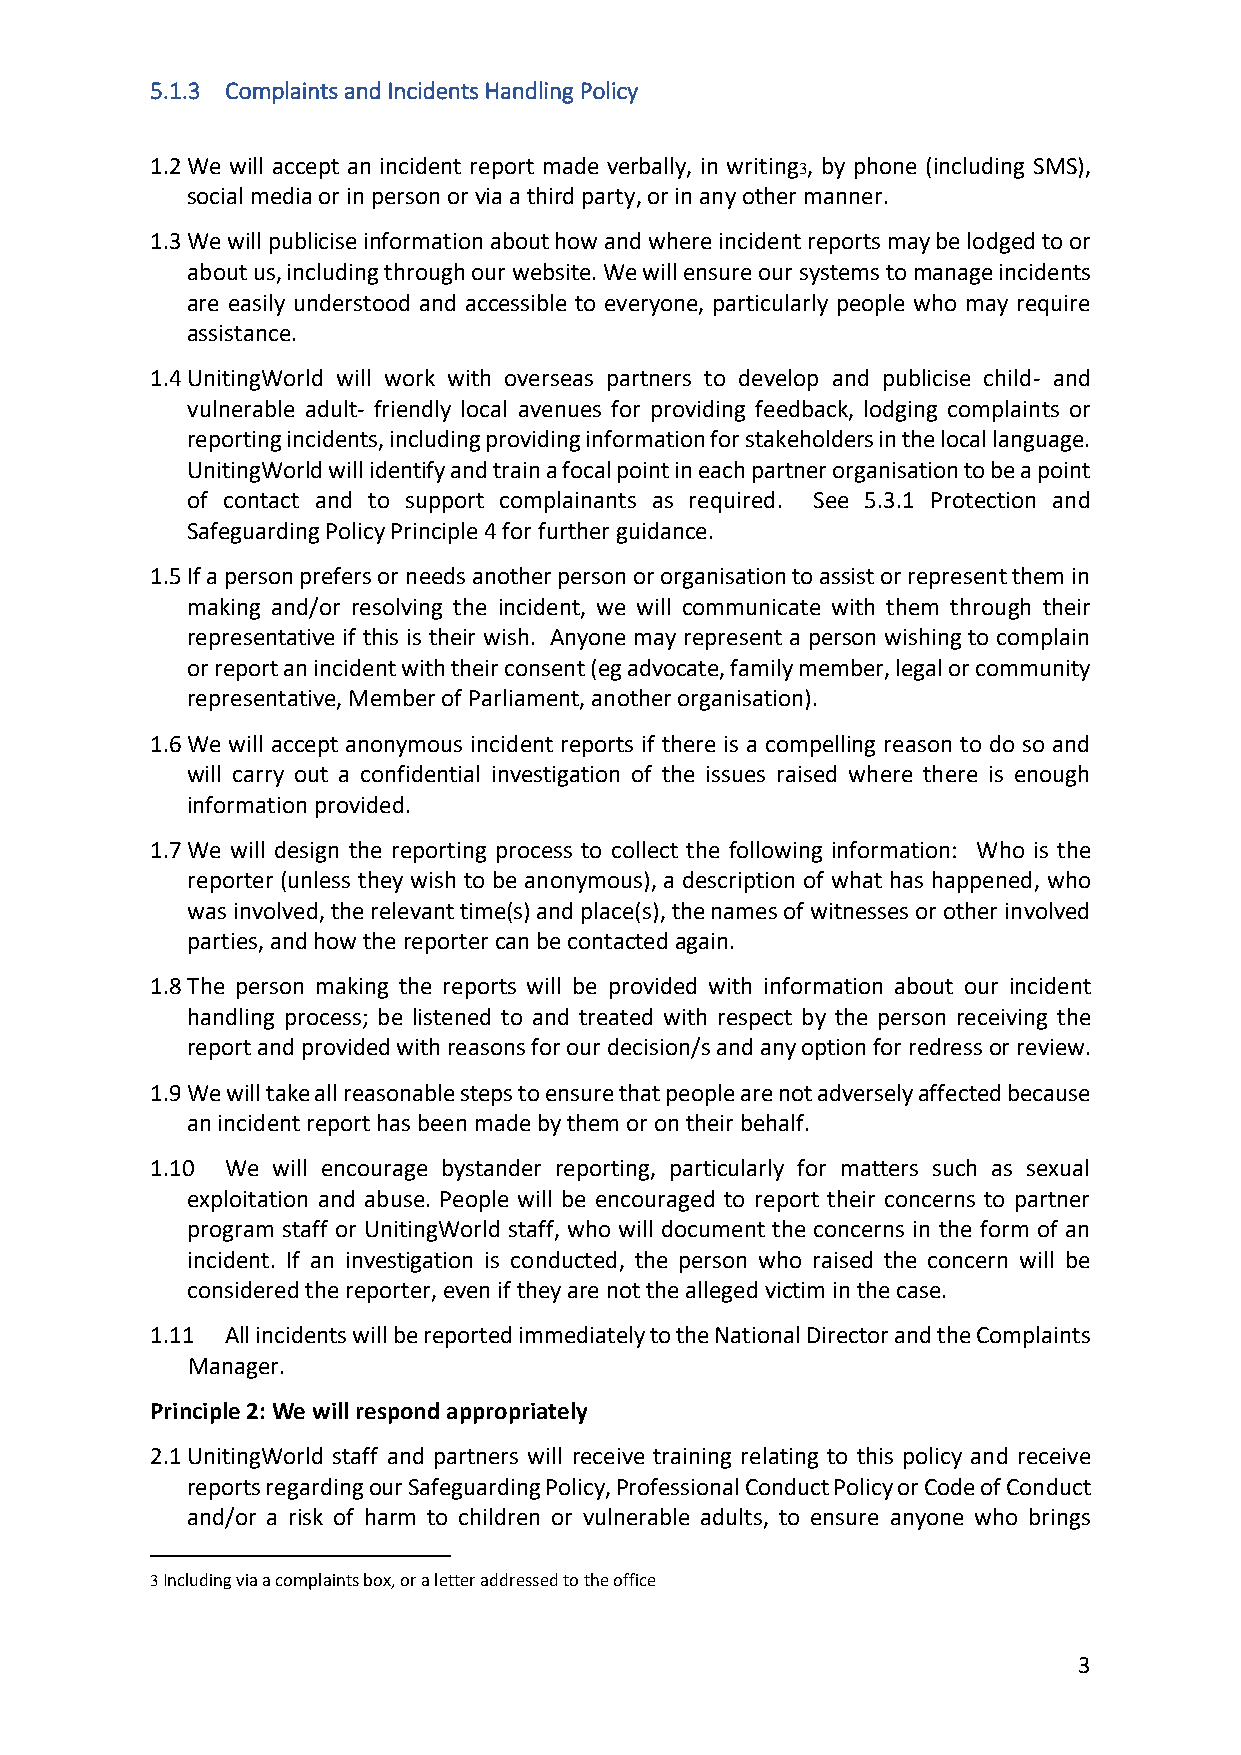
5.1.3 Complaints and Incidents Handling Policy
 1.2 We will accept an incident report made verbally, in writing3, by phone (including SMS),
 social media or in person or via a third party, or in any other manner.
 1.3 We will publicise information about how and where incident reports may be lodged to or
 about us, including through our website. We will ensure our systems to manage incidents
 are easily understood and accessible to everyone, particularly people who may require
 assistance.
 1.4 UnitingWorld will work with overseas partners to develop and publicise child- and
 vulnerable adult- friendly local avenues for providing feedback, lodging complaints or
 reporting incidents, including providing information for stakeholders in the local language.
 UnitingWorld will identify and train a focal point in each partner organisation to be a point
 of contact and to support complainants as required. See 5.3.1 Protection and
 Safeguarding Policy Principle 4 for further guidance.
 1.5 If a person prefers or needs another person or organisation to assist or represent them in
 making and/or resolving the incident, we will communicate with them through their
 representative if this is their wish. Anyone may represent a person wishing to complain
 or report an incident with their consent (eg advocate, family member, legal or community
 representative, Member of Parliament, another organisation).
 1.6 We will accept anonymous incident reports if there is a compelling reason to do so and
 will carry out a confidential investigation of the issues raised where there is enough
 information provided.
 1.7 We will design the reporting process to collect the following information: Who is the
 reporter (unless they wish to be anonymous), a description of what has happened, who
 was involved, the relevant time(s) and place(s), the names of witnesses or other involved
 parties, and how the reporter can be contacted again.
 1.8 The person making the reports will be provided with information about our incident
 handling process; be listened to and treated with respect by the person receiving the
 report and provided with reasons for our decision/s and any option for redress or review.
 1.9 We will take all reasonable steps to ensure that people are not adversely affected because
 an incident report has been made by them or on their behalf.
 1.10 We will encourage bystander reporting, particularly for matters such as sexual
 exploitation and abuse. People will be encouraged to report their concerns to partner
 program staff or UnitingWorld staff, who will document the concerns in the form of an
 incident. If an investigation is conducted, the person who raised the concern will be
 considered the reporter, even if they are not the alleged victim in the case.
 1.11 All incidents will be reported immediately to the National Director and the Complaints
 Manager.
 Principle 2: We will respond appropriately
 2.1 UnitingWorld staff and partners will receive training relating to this policy and receive
 reports regarding our Safeguarding Policy, Professional Conduct Policy or Code of Conduct
 and/or a risk of harm to children or vulnerable adults, to ensure anyone who brings
 3 Including via a complaints box, or a letter addressed to the office
 3